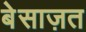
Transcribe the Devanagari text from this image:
बेसाज़त